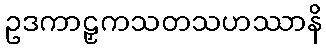
ဥဒကာဠှကသတသဟဿာနိ